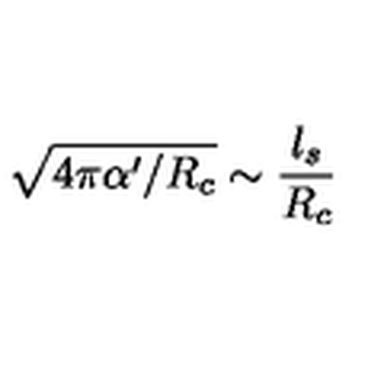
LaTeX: \sqrt { 4 \pi \alpha ^ { \prime } / R _ { c } } \sim \frac { l _ { s } } { R _ { c } }